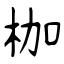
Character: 枷